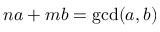
n a + m b = \operatorname* { g c d } ( a , b )